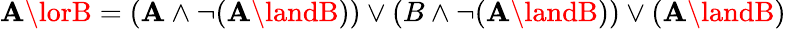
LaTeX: \mathbf{A}\lorB=(\mathbf{A}\land\neg(\mathbf{A}\landB))\lor(B\land\neg(\mathbf{A}\landB))\lor(\mathbf{A}\landB)